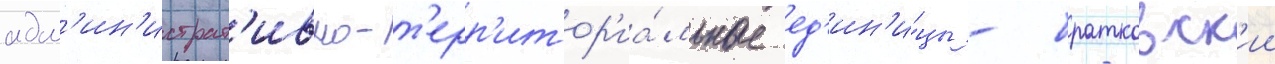
адм'ин'истрат'ивно-т'ерр'итор'иа́льные ед'ин'и́цы - братковск'ии